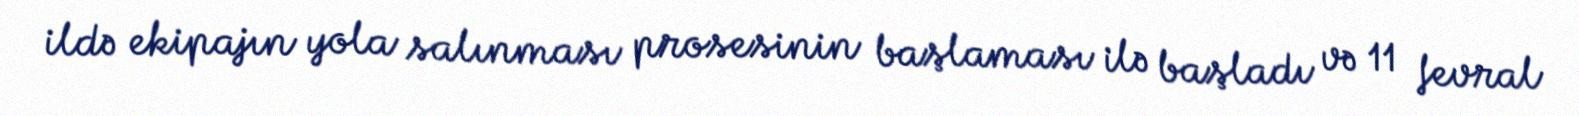
ildə ekipajın yola salınması prosesinin başlaması ilə başladı və 11 fevral